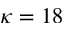
\kappa = 1 8